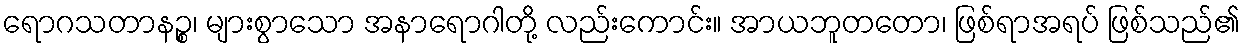
ရောဂသတာနဉ္စ၊ များစွာသော အနာရောဂါတို့ လည်းကောင်း။ အာယဘူတတော၊ ဖြစ်ရာအရပ် ဖြစ်သည်၏